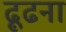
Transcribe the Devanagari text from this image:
ढ़ूढना